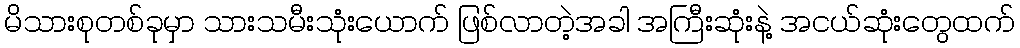
မိသားစုတစ်ခုမှာ သားသမီးသုံးယောက် ဖြစ်လာတဲ့အခါ အကြီးဆုံးနဲ့ အငယ်ဆုံးတွေထက်